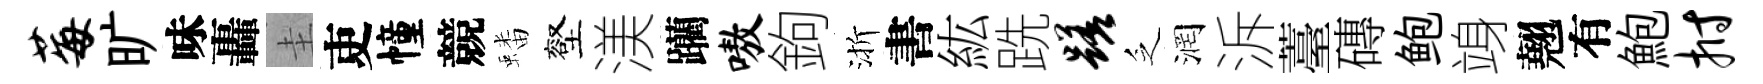
莓旷味轟圭吏幢競蟠壑渼躪嗷鉤渐書紘跣蹉乏润泝薹磚鲍竧翹有鮑拊